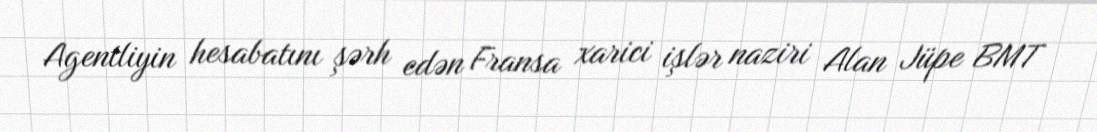
Agentliyin hesabatını şərh edən Fransa xarici işlər naziri Alan Jüpe BMT